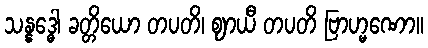
သန္နဒ္ဓေါ ခတ္တိယော တပတိ၊ ဈာယီ တပတိ ဗြာဟ္မဏော။